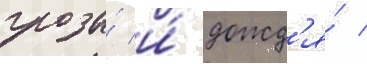
грозы́ и́ дожд'я́ /